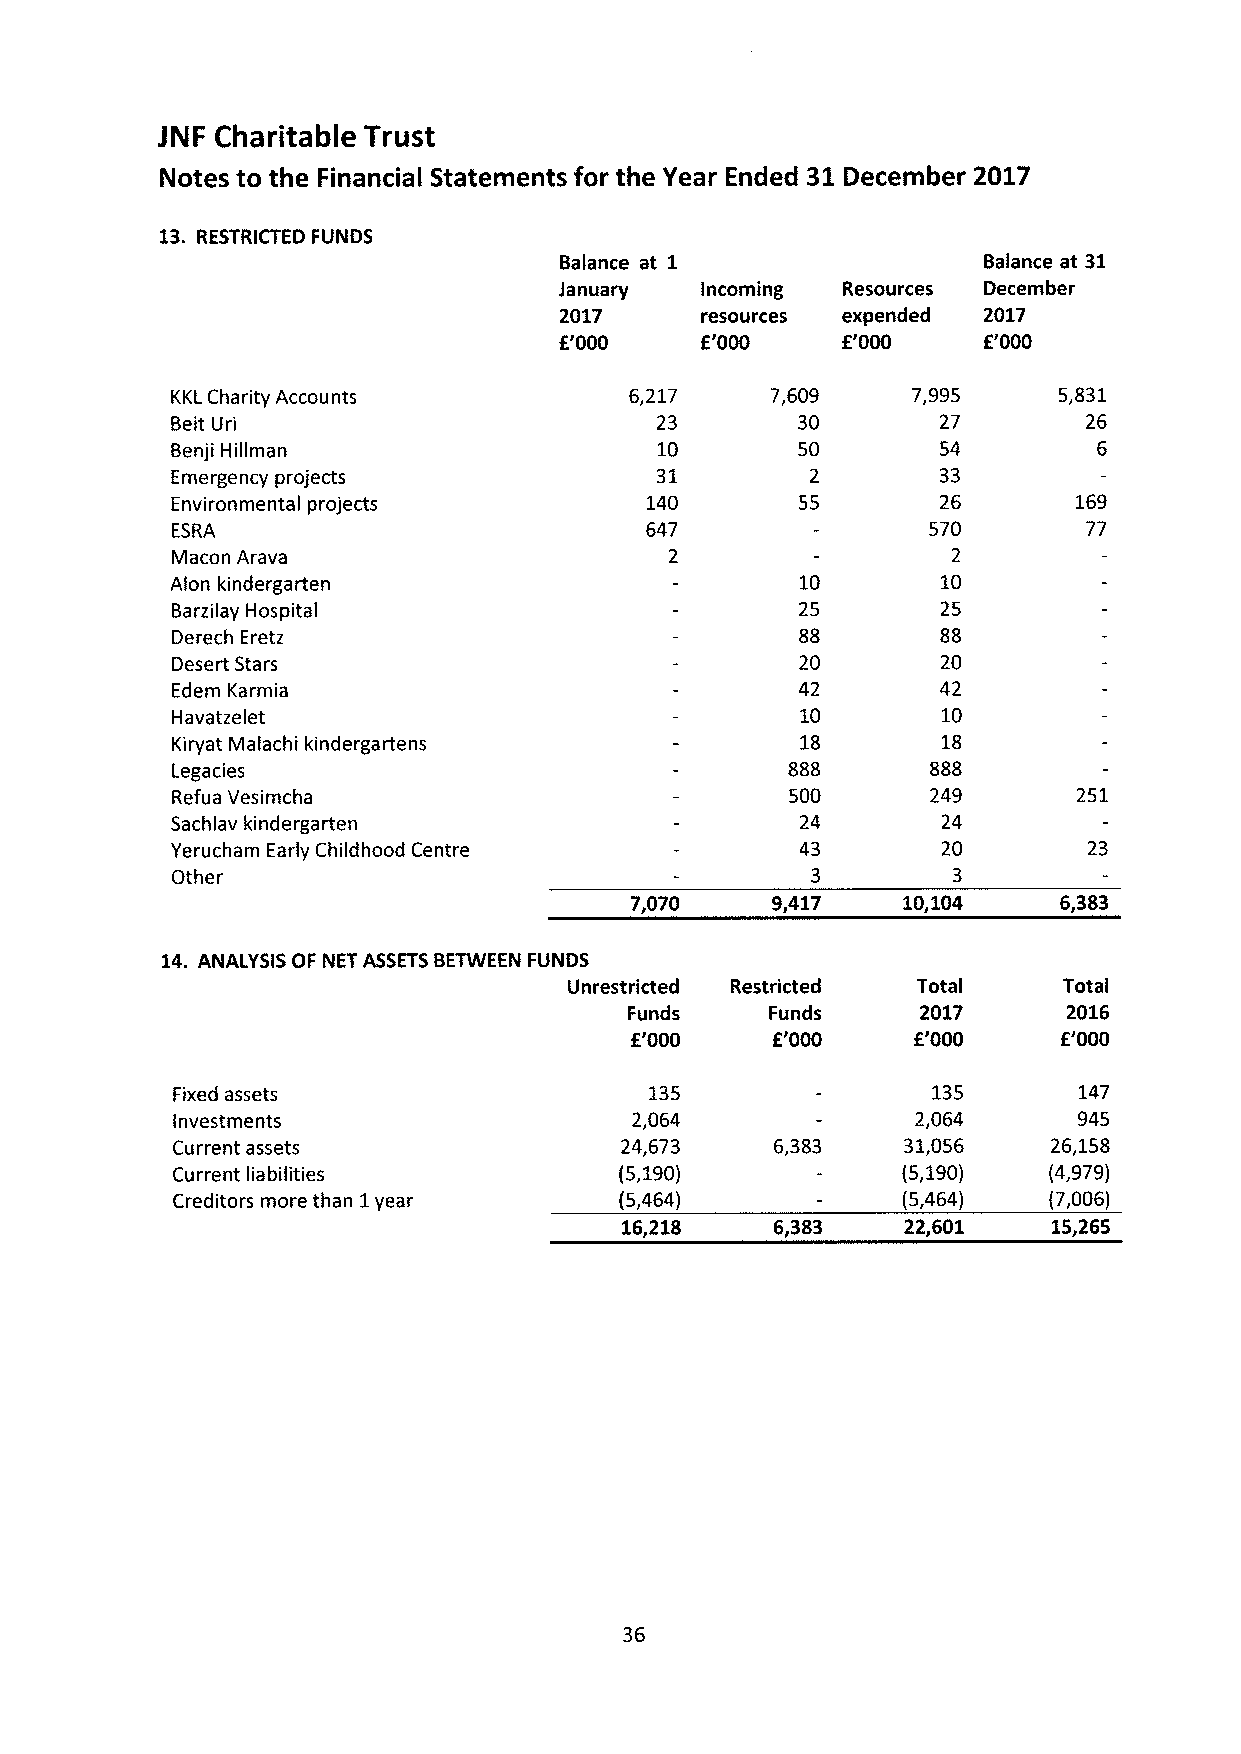
JNF Charitable Trust
 Notes to the Financial Statements for the Year Ended 31December 2017
 13. RESTRICTED FUNDS
 Balance at 1                Balance at 31
 January  Incoming  Resources December
 2017     resources expended 2017
 f'000    f'000     f'000    f'000
 KKLCharity Accounts            6,217    7,609    7,995     5,831
 Beit Uri                        23        30       27        26
 Benji Hillman                   10        50       54
 Emergency projects              31         2       33
 Environmental projects          140       55       26       169
 ESRA                            647               570        77
 Macon Arava                                         2
 Alon kindergarten                         10       10
 Barzilay Hospital                         25       25
 Derech Eretz                              88       88
 Desert Stars                              20       20
 Edem Karmia                               42       42
 Havatzelet                                10       10
 Kiryat Malachi kindergartens              18       18
 Legacies                                 888       888
 Refua Vesimcha                           500       249      251
 Sachlav kindergarten                      24       24
 Yerucham Early Childhood Centre           43       20        23
 Other                                      3        3
 7,070    9,417    10,104    6,383
 14. ANALYSIS OF NET ASSETSBETWEEN FUNDS
 Unrestricted Restricted Total   Total
 Funds    Funds     2017      2016
 f'000    f'000    f'000     f'000
 Fixed assets                    135                135      147
 Investments                    2,064              2,064     945
 Current assets                24,673    6,383    31,056    26,158
 Current liabilities           (5,190)            (5,190)  (4,979)
 Creditors more than 1year     (5,464)            (5,464)  (7,006)
 16,218    6,383    22,601    15,265
 36